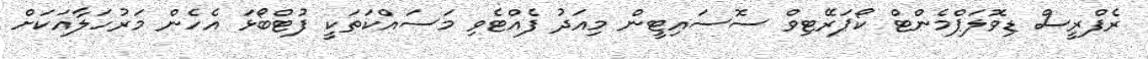
ރެފްރީސް ޑިވޮލަޕްމެންޓް ކޯޕަރޭޓިވް ސޮސައިޓީން މިއަދު ފެއްޓެވި މަސައްކަތަކީ ފުޓްބޯޅަ އެހެން މަރުހަލާއަކަށް